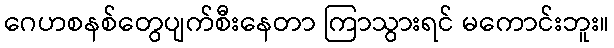
ဂေဟစနစ်တွေပျက်စီးနေတာ ကြာသွားရင် မကောင်းဘူး။